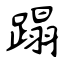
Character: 蹋